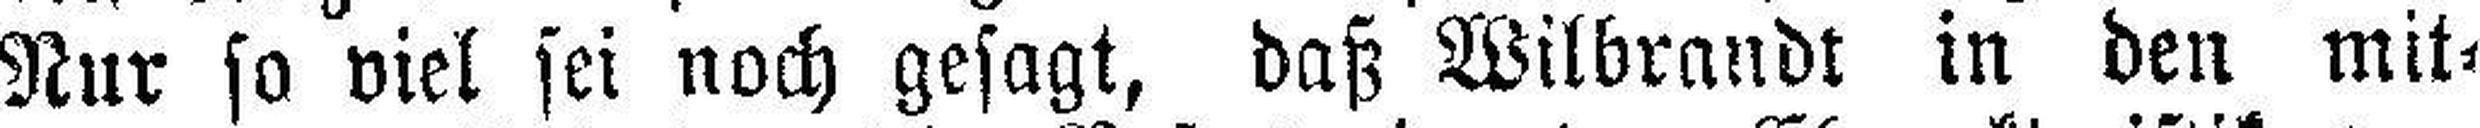
Nur so viel sei noch gesagt, daß Wilbrandt in den mit¬